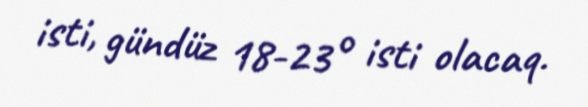
isti, gündüz 18-23° isti olacaq.